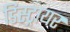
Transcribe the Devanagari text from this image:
डिस्ट्रायर